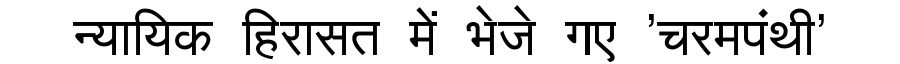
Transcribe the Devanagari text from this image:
न्यायिक हिरासत में भेजे गए 'चरमपंथी'